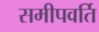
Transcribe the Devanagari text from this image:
समीपवर्ति